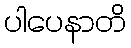
ပါပေနာတိ